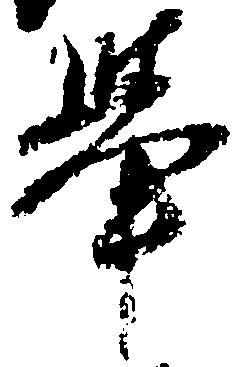
挙